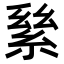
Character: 𦀣